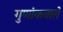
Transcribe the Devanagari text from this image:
गुणांकवाले